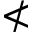
\nless